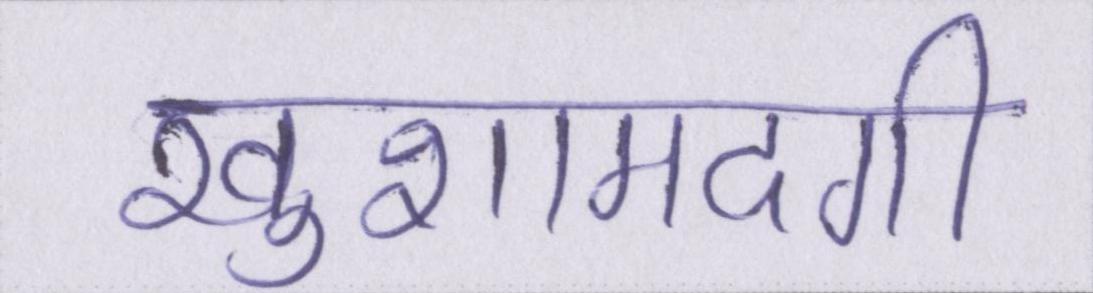
खुशामदगी